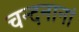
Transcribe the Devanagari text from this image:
चन्दनानां